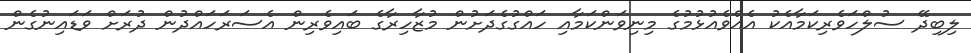
ލިބިދޭ ސުލްހަވެރިކަމާއެކު އެއްވެއުޅުމުގެ މިނިވަންކަމާއި ހައްގުގެދަށުން މުޒާހިރާގެ ބައިވެރިން އެސަރަހައްދުން ދުރަށް ވަޑައިނުގެން